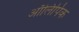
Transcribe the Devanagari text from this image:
ऑलिपिंक